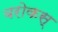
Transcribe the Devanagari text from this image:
बरोकस्